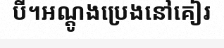
បី។អណ្តូងប្រេងនៅគៀរ